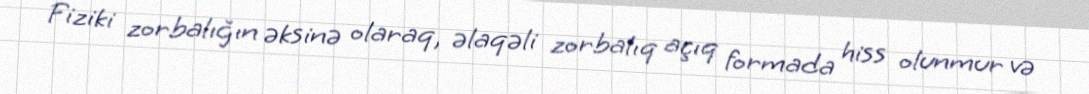
Fiziki zorbalığın əksinə olaraq, əlaqəli zorbalıq açıq formada hiss olunmur və